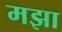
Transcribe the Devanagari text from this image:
मझा